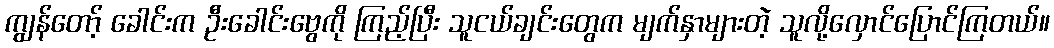
ကျွန်တော့် ခေါင်းက ဦးခေါင်းဗွေကို ကြည့်ပြီး သူငယ်ချင်းတွေက မျက်နှာများတဲ့ သူလို့လှောင်ပြောင်ကြတယ်။